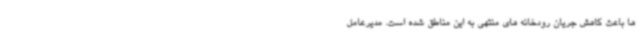
ها باعث کاهش جریان رودخانه های منتهی به این مناطق شده است. مدیرعامل